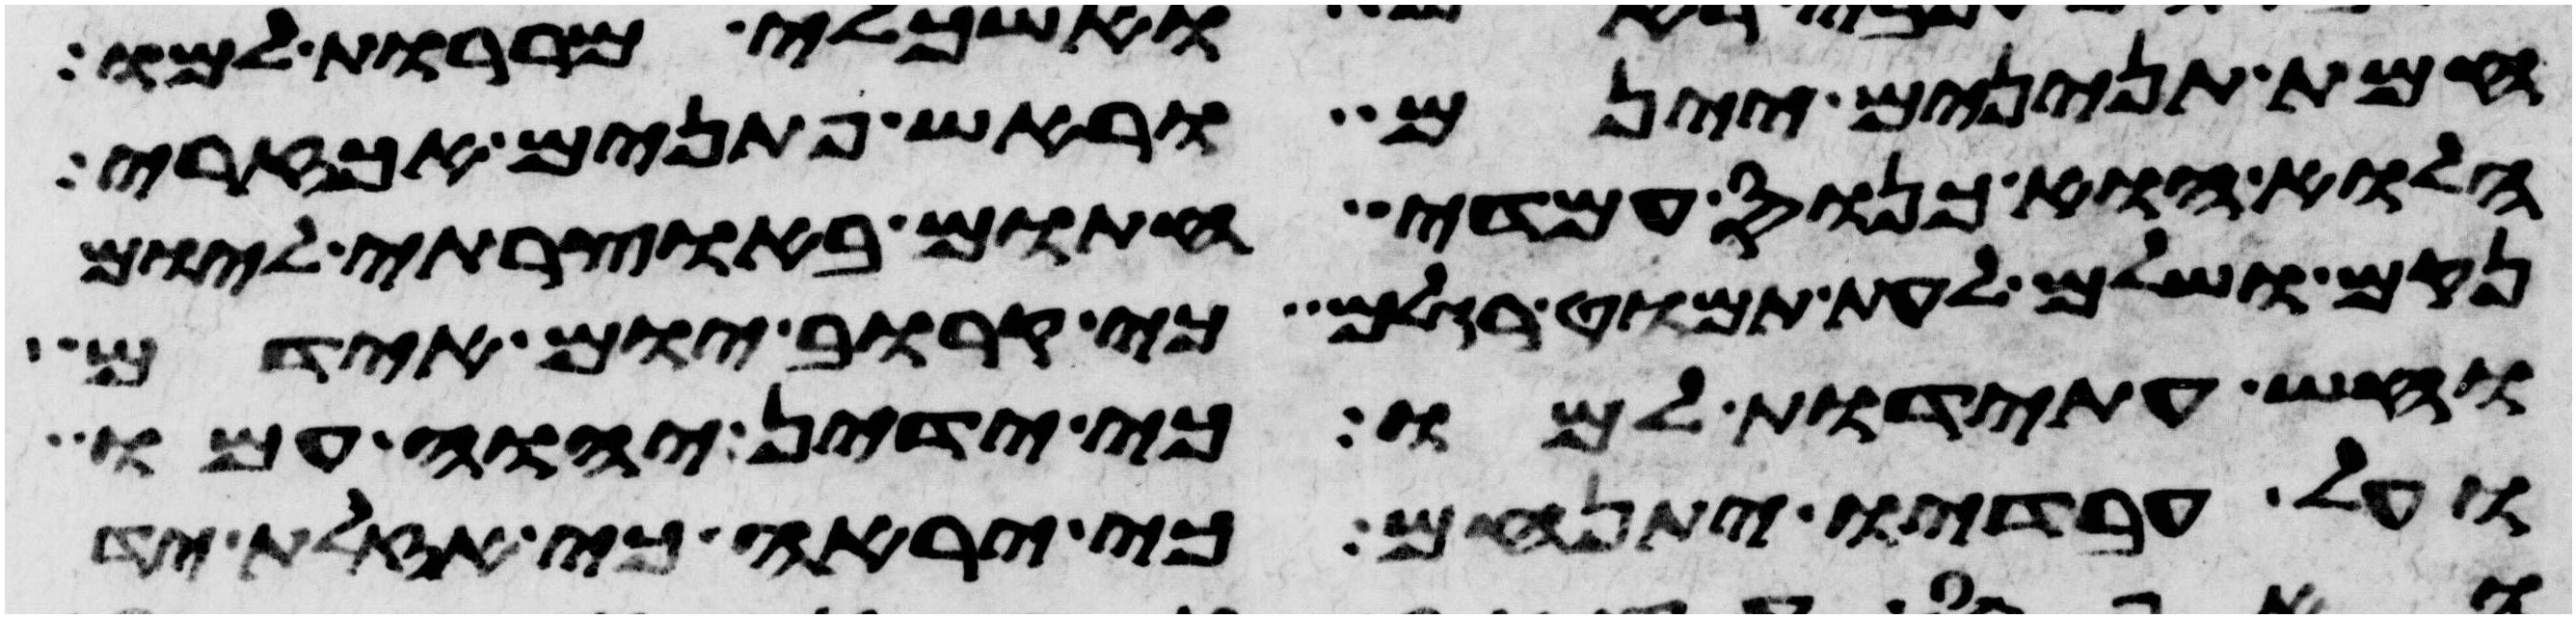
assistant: חמת תנינים יינם וראש פתנים אך זרי
הלוא הוא כנוס עמדי חתום באוצרתי ליום
נקם ושלם לעת תמוט רגלם כי קרוב יום אידם
וחש עתידת למו כי ידין יהוה עמו
ועל עבדיו יתנחם כי יראה כי אזלת יד